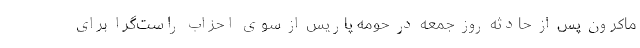
ماکرون پس از حادثه روز جمعه در حومه پاریس از سوی احزاب راست‌گرا برای